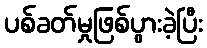
ပစ်ခတ်မှုဖြစ်ပွားခဲ့ပြီး